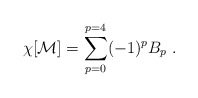
\begin{align*}\chi [{\bf {\cal M}}] = \sum_{p=0}^{p=4} (-1)^p B_p\ .\end{align*}